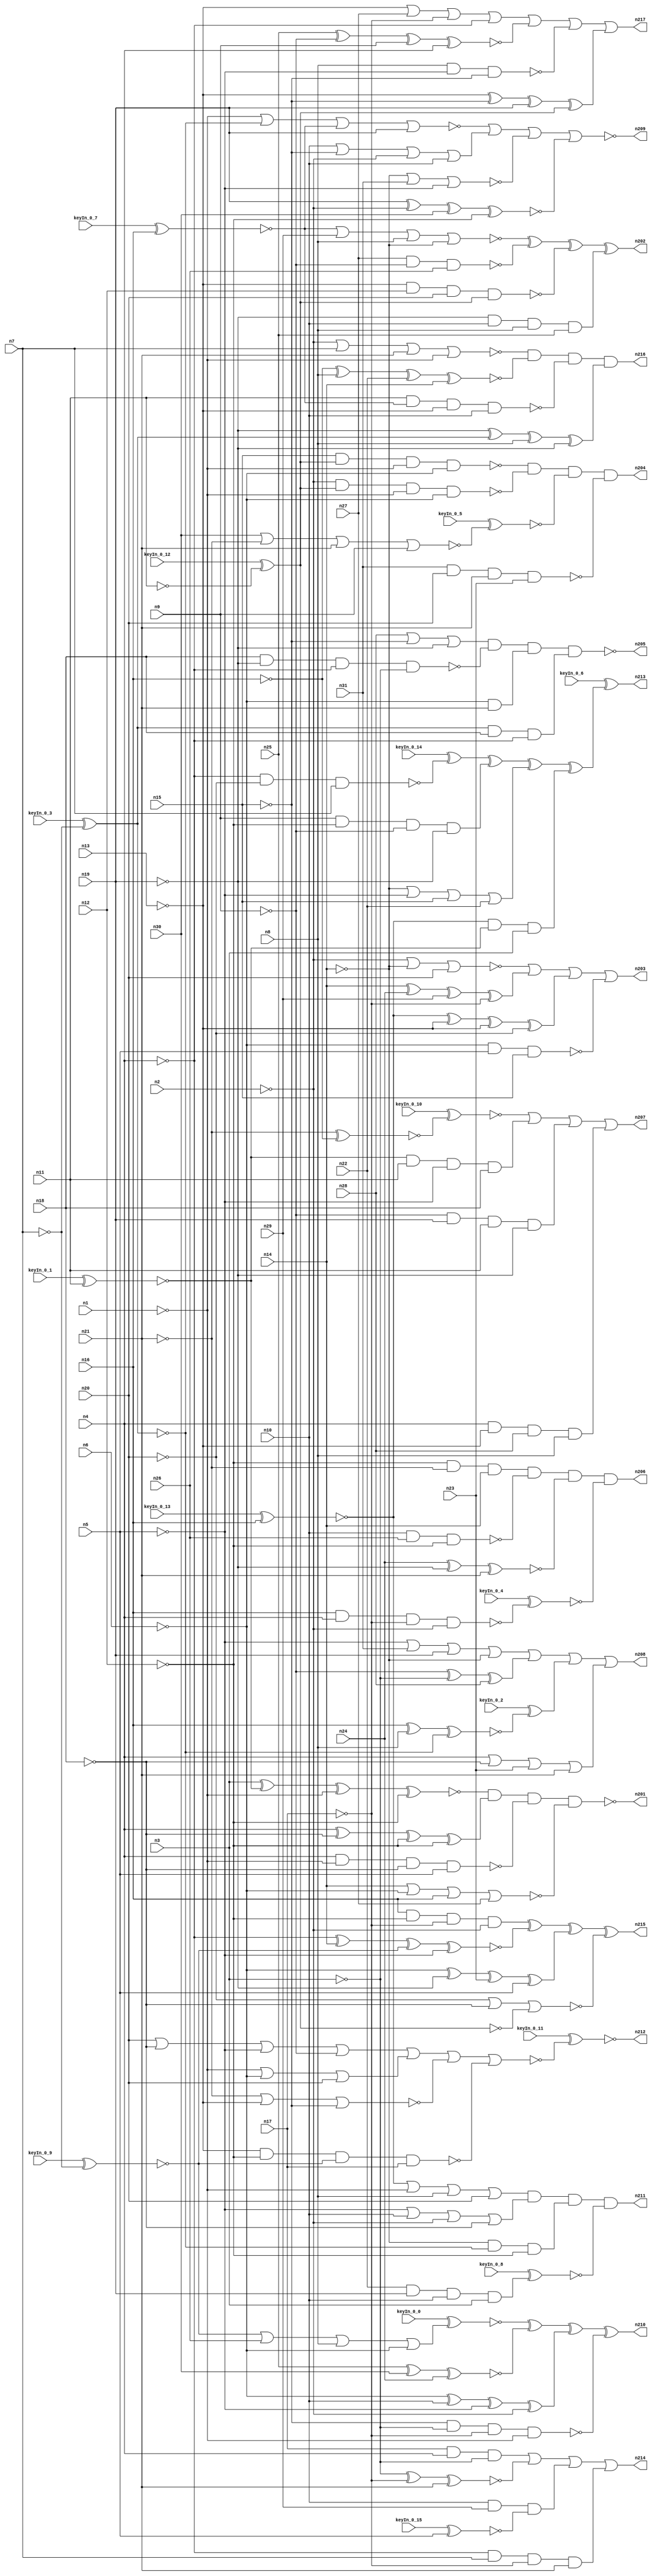


module Stat_186_441
(
  n1,
  n2,
  n3,
  n4,
  n5,
  n6,
  n7,
  n8,
  n9,
  n10,
  n11,
  n12,
  n13,
  n14,
  n15,
  n16,
  n17,
  n18,
  n19,
  n20,
  n21,
  n22,
  n23,
  n24,
  n25,
  n26,
  n27,
  n28,
  n29,
  n30,
  n31,
  n210,
  n217,
  n212,
  n213,
  n215,
  n207,
  n208,
  n209,
  n211,
  n204,
  n203,
  n214,
  n206,
  n202,
  n216,
  n205,
  n201,
  keyIn_0_0,
  keyIn_0_1,
  keyIn_0_2,
  keyIn_0_3,
  keyIn_0_4,
  keyIn_0_5,
  keyIn_0_6,
  keyIn_0_7,
  keyIn_0_8,
  keyIn_0_9,
  keyIn_0_10,
  keyIn_0_11,
  keyIn_0_12,
  keyIn_0_13,
  keyIn_0_14,
  keyIn_0_15
);

  input n1;
  input n2;
  input n3;
  input n4;
  input n5;
  input n6;
  input n7;
  input n8;
  input n9;
  input n10;
  input n11;
  input n12;
  input n13;
  input n14;
  input n15;
  input n16;
  input n17;
  input n18;
  input n19;
  input n20;
  input n21;
  input n22;
  input n23;
  input n24;
  input n25;
  input n26;
  input n27;
  input n28;
  input n29;
  input n30;
  input n31;
  input keyIn_0_0;
  input keyIn_0_1;
  input keyIn_0_2;
  input keyIn_0_3;
  input keyIn_0_4;
  input keyIn_0_5;
  input keyIn_0_6;
  input keyIn_0_7;
  input keyIn_0_8;
  input keyIn_0_9;
  input keyIn_0_10;
  input keyIn_0_11;
  input keyIn_0_12;
  input keyIn_0_13;
  input keyIn_0_14;
  input keyIn_0_15;
  output n210;
  output n217;
  output n212;
  output n213;
  output n215;
  output n207;
  output n208;
  output n209;
  output n211;
  output n204;
  output n203;
  output n214;
  output n206;
  output n202;
  output n216;
  output n205;
  output n201;
  wire n32;
  wire n33;
  wire n34;
  wire n35;
  wire n36;
  wire n37;
  wire n38;
  wire n39;
  wire n40;
  wire n41;
  wire n42;
  wire n43;
  wire n44;
  wire n45;
  wire n46;
  wire n47;
  wire n48;
  wire n49;
  wire n50;
  wire n51;
  wire n52;
  wire n53;
  wire n54;
  wire n55;
  wire n56;
  wire n57;
  wire n58;
  wire n59;
  wire n60;
  wire n61;
  wire n62;
  wire n63;
  wire n64;
  wire n65;
  wire n66;
  wire n67;
  wire n68;
  wire n69;
  wire n70;
  wire n71;
  wire n72;
  wire n73;
  wire n74;
  wire n75;
  wire n76;
  wire n77;
  wire n78;
  wire n79;
  wire n80;
  wire n81;
  wire n82;
  wire n83;
  wire n84;
  wire n85;
  wire n86;
  wire n87;
  wire n88;
  wire n89;
  wire n90;
  wire n91;
  wire n92;
  wire n93;
  wire n94;
  wire n95;
  wire n96;
  wire n97;
  wire n98;
  wire n99;
  wire n100;
  wire n101;
  wire n102;
  wire n103;
  wire n104;
  wire n105;
  wire n106;
  wire n107;
  wire n108;
  wire n109;
  wire n110;
  wire n111;
  wire n112;
  wire n113;
  wire n114;
  wire n115;
  wire n116;
  wire n117;
  wire n118;
  wire n119;
  wire n120;
  wire n121;
  wire n122;
  wire n123;
  wire n124;
  wire n125;
  wire n126;
  wire n127;
  wire n128;
  wire n129;
  wire n130;
  wire n131;
  wire n132;
  wire n133;
  wire n134;
  wire n135;
  wire n136;
  wire n137;
  wire n138;
  wire n139;
  wire n140;
  wire n141;
  wire n142;
  wire n143;
  wire n144;
  wire n145;
  wire n146;
  wire n147;
  wire n148;
  wire n149;
  wire n150;
  wire n151;
  wire n152;
  wire n153;
  wire n154;
  wire n155;
  wire n156;
  wire n157;
  wire n158;
  wire n159;
  wire n160;
  wire n161;
  wire n162;
  wire n163;
  wire n164;
  wire n165;
  wire n166;
  wire n167;
  wire n168;
  wire n169;
  wire n170;
  wire n171;
  wire n172;
  wire n173;
  wire n174;
  wire n175;
  wire n176;
  wire n177;
  wire n178;
  wire n179;
  wire n180;
  wire n181;
  wire n182;
  wire n183;
  wire n184;
  wire n185;
  wire n186;
  wire n187;
  wire n188;
  wire n189;
  wire n190;
  wire n191;
  wire n192;
  wire n193;
  wire n194;
  wire n195;
  wire n196;
  wire n197;
  wire n198;
  wire n199;
  wire n200;
  wire KeyWire_0_0;
  wire KeyNOTWire_0_0;
  wire KeyWire_0_1;
  wire KeyNOTWire_0_1;
  wire KeyWire_0_2;
  wire KeyWire_0_3;
  wire KeyNOTWire_0_3;
  wire KeyWire_0_4;
  wire KeyNOTWire_0_4;
  wire KeyWire_0_5;
  wire KeyWire_0_6;
  wire KeyWire_0_7;
  wire KeyNOTWire_0_7;
  wire KeyWire_0_8;
  wire KeyNOTWire_0_8;
  wire KeyWire_0_9;
  wire KeyNOTWire_0_9;
  wire KeyWire_0_10;
  wire KeyNOTWire_0_10;
  wire KeyWire_0_11;
  wire KeyNOTWire_0_11;
  wire KeyWire_0_12;
  wire KeyWire_0_13;
  wire KeyNOTWire_0_13;
  wire KeyWire_0_14;
  wire KeyNOTWire_0_14;
  wire KeyWire_0_15;
  wire KeyNOTWire_0_15;

  not
  g0
  (
    n72,
    n15
  );


  not
  g1
  (
    n54,
    n14
  );


  not
  g2
  (
    n79,
    n13
  );


  buf
  g3
  (
    n60,
    n14
  );


  not
  g4
  (
    n68,
    n1
  );


  not
  g5
  (
    KeyWire_0_3,
    n7
  );


  not
  g6
  (
    n69,
    n19
  );


  buf
  g7
  (
    n52,
    n20
  );


  not
  g8
  (
    n81,
    n6
  );


  not
  g9
  (
    n64,
    n20
  );


  not
  g10
  (
    n87,
    n13
  );


  buf
  g11
  (
    n80,
    n10
  );


  not
  g12
  (
    n63,
    n2
  );


  buf
  g13
  (
    n62,
    n10
  );


  not
  g14
  (
    n85,
    n3
  );


  not
  g15
  (
    KeyWire_0_12,
    n11
  );


  buf
  g16
  (
    n67,
    n21
  );


  not
  g17
  (
    n66,
    n6
  );


  not
  g18
  (
    n83,
    n5
  );


  buf
  g19
  (
    n53,
    n10
  );


  buf
  g20
  (
    n82,
    n5
  );


  buf
  g21
  (
    n55,
    n18
  );


  not
  g22
  (
    n58,
    n3
  );


  buf
  g23
  (
    n57,
    n8
  );


  buf
  g24
  (
    n43,
    n14
  );


  buf
  g25
  (
    n61,
    n20
  );


  not
  g26
  (
    n35,
    n4
  );


  not
  g27
  (
    n90,
    n9
  );


  buf
  g28
  (
    KeyWire_0_1,
    n11
  );


  buf
  g29
  (
    n34,
    n19
  );


  not
  g30
  (
    n59,
    n13
  );


  buf
  g31
  (
    n42,
    n12
  );


  not
  g32
  (
    n94,
    n17
  );


  buf
  g33
  (
    n50,
    n8
  );


  buf
  g34
  (
    n40,
    n4
  );


  not
  g35
  (
    n92,
    n16
  );


  not
  g36
  (
    KeyWire_0_9,
    n7
  );


  not
  g37
  (
    n91,
    n17
  );


  buf
  g38
  (
    n56,
    n11
  );


  buf
  g39
  (
    n32,
    n5
  );


  not
  g40
  (
    n49,
    n2
  );


  not
  g41
  (
    n44,
    n21
  );


  not
  g42
  (
    n48,
    n6
  );


  buf
  g43
  (
    n89,
    n7
  );


  buf
  g44
  (
    KeyWire_0_13,
    n16
  );


  buf
  g45
  (
    n41,
    n4
  );


  buf
  g46
  (
    n70,
    n8
  );


  not
  g47
  (
    n51,
    n9
  );


  not
  g48
  (
    n86,
    n12
  );


  not
  g49
  (
    n36,
    n16
  );


  buf
  g50
  (
    n73,
    n9
  );


  buf
  g51
  (
    n38,
    n12
  );


  buf
  g52
  (
    n88,
    n3
  );


  buf
  g53
  (
    n78,
    n19
  );


  not
  g54
  (
    n46,
    n1
  );


  not
  g55
  (
    n65,
    n18
  );


  not
  g56
  (
    n76,
    n15
  );


  not
  g57
  (
    n75,
    n18
  );


  not
  g58
  (
    n45,
    n1
  );


  buf
  g59
  (
    n84,
    n21
  );


  not
  g60
  (
    n77,
    n2
  );


  buf
  g61
  (
    n93,
    n15
  );


  not
  g62
  (
    n37,
    n17
  );


  buf
  g63
  (
    n100,
    n43
  );


  not
  g64
  (
    n115,
    n37
  );


  not
  g65
  (
    KeyWire_0_7,
    n36
  );


  buf
  g66
  (
    n130,
    n39
  );


  not
  g67
  (
    n116,
    n37
  );


  buf
  g68
  (
    n127,
    n34
  );


  buf
  g69
  (
    n97,
    n42
  );


  buf
  g70
  (
    n105,
    n43
  );


  buf
  g71
  (
    KeyWire_0_15,
    n32
  );


  not
  g72
  (
    n118,
    n32
  );


  not
  g73
  (
    n106,
    n42
  );


  not
  g74
  (
    n99,
    n36
  );


  buf
  g75
  (
    n98,
    n37
  );


  not
  g76
  (
    n117,
    n39
  );


  not
  g77
  (
    n104,
    n38
  );


  not
  g78
  (
    n96,
    n33
  );


  not
  g79
  (
    n128,
    n40
  );


  buf
  g80
  (
    n113,
    n33
  );


  not
  g81
  (
    n129,
    n33
  );


  buf
  g82
  (
    n103,
    n41
  );


  not
  g83
  (
    n120,
    n44
  );


  not
  g84
  (
    n126,
    n32
  );


  not
  g85
  (
    n109,
    n41
  );


  not
  g86
  (
    n132,
    n34
  );


  not
  g87
  (
    n119,
    n36
  );


  not
  g88
  (
    n101,
    n35
  );


  not
  g89
  (
    n110,
    n40
  );


  buf
  g90
  (
    n121,
    n41
  );


  not
  g91
  (
    n95,
    n35
  );


  not
  g92
  (
    n111,
    n39
  );


  not
  g93
  (
    n131,
    n34
  );


  buf
  g94
  (
    n102,
    n40
  );


  not
  g95
  (
    n108,
    n42
  );


  buf
  g96
  (
    n124,
    n44
  );


  buf
  g97
  (
    n114,
    n35
  );


  not
  g98
  (
    n123,
    n38
  );


  not
  g99
  (
    n125,
    n43
  );


  not
  g100
  (
    n112,
    n38
  );


  and
  g101
  (
    n182,
    n125,
    n130,
    n106
  );


  nor
  g102
  (
    n141,
    n64,
    n65,
    n113
  );


  and
  g103
  (
    n144,
    n86,
    n124,
    n100
  );


  xnor
  g104
  (
    KeyWire_0_10,
    n124,
    n92
  );


  and
  g105
  (
    n167,
    n66,
    n84
  );


  nand
  g106
  (
    n187,
    n27,
    n51,
    n26
  );


  nand
  g107
  (
    n161,
    n57,
    n83,
    n72
  );


  nand
  g108
  (
    n159,
    n66,
    n82,
    n93
  );


  or
  g109
  (
    n143,
    n28,
    n72,
    n69
  );


  and
  g110
  (
    n150,
    n116,
    n121,
    n85
  );


  xnor
  g111
  (
    n195,
    n85,
    n91,
    n67
  );


  xnor
  g112
  (
    n190,
    n25,
    n30,
    n24
  );


  nor
  g113
  (
    n181,
    n125,
    n31,
    n126
  );


  xnor
  g114
  (
    KeyWire_0_2,
    n119,
    n50,
    n130
  );


  or
  g115
  (
    n173,
    n45,
    n48,
    n61
  );


  and
  g116
  (
    n200,
    n74,
    n47,
    n88
  );


  nor
  g117
  (
    n151,
    n124,
    n79,
    n76
  );


  nor
  g118
  (
    n192,
    n77,
    n125,
    n52
  );


  nand
  g119
  (
    KeyWire_0_14,
    n128,
    n64,
    n89
  );


  and
  g120
  (
    n189,
    n80,
    n29,
    n107
  );


  nand
  g121
  (
    n138,
    n62,
    n26,
    n86
  );


  and
  g122
  (
    n148,
    n117,
    n55,
    n109
  );


  xnor
  g123
  (
    n186,
    n24,
    n131,
    n67
  );


  or
  g124
  (
    n133,
    n54,
    n118,
    n93,
    n22
  );


  or
  g125
  (
    n164,
    n59,
    n27,
    n91,
    n128
  );


  nand
  g126
  (
    n142,
    n79,
    n97,
    n61,
    n129
  );


  or
  g127
  (
    KeyWire_0_0,
    n71,
    n26,
    n57,
    n48
  );


  and
  g128
  (
    n154,
    n47,
    n56,
    n126,
    n55
  );


  nor
  g129
  (
    n179,
    n63,
    n89,
    n120,
    n45
  );


  xnor
  g130
  (
    n145,
    n25,
    n51,
    n73,
    n102
  );


  and
  g131
  (
    n180,
    n132,
    n62,
    n50,
    n25
  );


  nand
  g132
  (
    n146,
    n55,
    n69,
    n128,
    n58
  );


  xor
  g133
  (
    n155,
    n90,
    n58,
    n28
  );


  and
  g134
  (
    n196,
    n110,
    n89,
    n94,
    n84
  );


  nor
  g135
  (
    n166,
    n60,
    n81,
    n119,
    n27
  );


  xor
  g136
  (
    n175,
    n105,
    n24,
    n29,
    n98
  );


  or
  g137
  (
    n198,
    n52,
    n75,
    n118,
    n90
  );


  nand
  g138
  (
    n171,
    n72,
    n85,
    n94,
    n46
  );


  xor
  g139
  (
    n165,
    n81,
    n53,
    n83,
    n63
  );


  and
  g140
  (
    n157,
    n101,
    n87,
    n28,
    n70
  );


  xor
  g141
  (
    n178,
    n87,
    n76,
    n78,
    n96
  );


  xnor
  g142
  (
    n152,
    n114,
    n60,
    n71,
    n126
  );


  or
  g143
  (
    n188,
    n80,
    n76,
    n49,
    n62
  );


  xnor
  g144
  (
    n149,
    n92,
    n70,
    n22,
    n60
  );


  nand
  g145
  (
    KeyWire_0_4,
    n99,
    n95,
    n91,
    n77
  );


  or
  g146
  (
    n170,
    n83,
    n53,
    n49,
    n75
  );


  xor
  g147
  (
    n191,
    n81,
    n69,
    n23,
    n82
  );


  or
  g148
  (
    n177,
    n118,
    n31,
    n127,
    n54
  );


  or
  g149
  (
    n163,
    n74,
    n68,
    n50,
    n61
  );


  xor
  g150
  (
    n162,
    n121,
    n65,
    n123,
    n108
  );


  xor
  g151
  (
    n139,
    n74,
    n79,
    n87,
    n64
  );


  and
  g152
  (
    n172,
    n119,
    n123,
    n94,
    n77
  );


  and
  g153
  (
    n184,
    n73,
    n112,
    n51,
    n131
  );


  and
  g154
  (
    KeyWire_0_8,
    n22,
    n127,
    n80,
    n88
  );


  nand
  g155
  (
    n197,
    n93,
    n129,
    n46,
    n66
  );


  or
  g156
  (
    n137,
    n103,
    n75,
    n23,
    n120
  );


  nand
  g157
  (
    n153,
    n56,
    n122,
    n59,
    n53
  );


  and
  g158
  (
    n134,
    n90,
    n78,
    n56,
    n132
  );


  nor
  g159
  (
    n176,
    n122,
    n29,
    n57,
    n54
  );


  nand
  g160
  (
    n183,
    n121,
    n46,
    n65,
    n82
  );


  xnor
  g161
  (
    n194,
    n78,
    n63,
    n30,
    n123
  );


  nor
  g162
  (
    n185,
    n68,
    n130,
    n122,
    n127
  );


  xor
  g163
  (
    n174,
    n132,
    n111,
    n70,
    n131
  );


  xnor
  g164
  (
    n168,
    n88,
    n47,
    n45,
    n104
  );


  nand
  g165
  (
    n199,
    n49,
    n129,
    n68,
    n48
  );


  nand
  g166
  (
    n158,
    n31,
    n52,
    n67,
    n23
  );


  nor
  g167
  (
    KeyWire_0_5,
    n30,
    n44,
    n120,
    n73
  );


  nand
  g168
  (
    n160,
    n59,
    n86,
    n71,
    n115
  );


  xor
  g169
  (
    n210,
    n156,
    n190,
    n165,
    n171
  );


  or
  g170
  (
    n208,
    n177,
    n155,
    n135,
    n137
  );


  and
  g171
  (
    n206,
    n144,
    n138,
    n186,
    n136
  );


  or
  g172
  (
    n207,
    n147,
    n154,
    n134,
    n157
  );


  and
  g173
  (
    n211,
    n163,
    n170,
    n182,
    n193
  );


  nand
  g174
  (
    n201,
    n168,
    n162,
    n183,
    n166
  );


  nor
  g175
  (
    n209,
    n185,
    n188,
    n181,
    n194
  );


  xor
  g176
  (
    n215,
    n172,
    n152,
    n191,
    n141
  );


  xor
  g177
  (
    KeyWire_0_6,
    n169,
    n184,
    n133,
    n200
  );


  or
  g178
  (
    n214,
    n150,
    n195,
    n189,
    n196
  );


  nor
  g179
  (
    KeyWire_0_11,
    n198,
    n173,
    n151,
    n160
  );


  and
  g180
  (
    n216,
    n179,
    n149,
    n153,
    n174
  );


  or
  g181
  (
    n203,
    n192,
    n175,
    n139,
    n159
  );


  or
  g182
  (
    n217,
    n164,
    n145,
    n161,
    n178
  );


  nand
  g183
  (
    n205,
    n143,
    n146,
    n167,
    n148
  );


  xor
  g184
  (
    n202,
    n176,
    n187,
    n142,
    n180
  );


  and
  g185
  (
    n204,
    n197,
    n199,
    n140,
    n158
  );


  xor
  KeyGate_0_0
  (
    KeyNOTWire_0_0,
    keyIn_0_0,
    KeyWire_0_0
  );


  not
  KeyNOTGate_0_0
  (
    n156,
    KeyNOTWire_0_0
  );


  xor
  KeyGate_0_1
  (
    KeyNOTWire_0_1,
    keyIn_0_1,
    KeyWire_0_1
  );


  not
  KeyNOTGate_0_1
  (
    n47,
    KeyNOTWire_0_1
  );


  xor
  KeyGate_0_2
  (
    n135,
    keyIn_0_2,
    KeyWire_0_2
  );


  xor
  KeyGate_0_3
  (
    KeyNOTWire_0_3,
    keyIn_0_3,
    KeyWire_0_3
  );


  not
  KeyNOTGate_0_3
  (
    n39,
    KeyNOTWire_0_3
  );


  xor
  KeyGate_0_4
  (
    KeyNOTWire_0_4,
    keyIn_0_4,
    KeyWire_0_4
  );


  not
  KeyNOTGate_0_4
  (
    n136,
    KeyNOTWire_0_4
  );


  xnor
  KeyGate_0_5
  (
    n140,
    keyIn_0_5,
    KeyWire_0_5
  );


  xor
  KeyGate_0_6
  (
    n213,
    keyIn_0_6,
    KeyWire_0_6
  );


  xor
  KeyGate_0_7
  (
    KeyNOTWire_0_7,
    keyIn_0_7,
    KeyWire_0_7
  );


  not
  KeyNOTGate_0_7
  (
    n122,
    KeyNOTWire_0_7
  );


  xor
  KeyGate_0_8
  (
    KeyNOTWire_0_8,
    keyIn_0_8,
    KeyWire_0_8
  );


  not
  KeyNOTGate_0_8
  (
    n193,
    KeyNOTWire_0_8
  );


  xor
  KeyGate_0_9
  (
    KeyNOTWire_0_9,
    keyIn_0_9,
    KeyWire_0_9
  );


  not
  KeyNOTGate_0_9
  (
    n71,
    KeyNOTWire_0_9
  );


  xor
  KeyGate_0_10
  (
    KeyNOTWire_0_10,
    keyIn_0_10,
    KeyWire_0_10
  );


  not
  KeyNOTGate_0_10
  (
    n147,
    KeyNOTWire_0_10
  );


  xor
  KeyGate_0_11
  (
    KeyNOTWire_0_11,
    keyIn_0_11,
    KeyWire_0_11
  );


  not
  KeyNOTGate_0_11
  (
    n212,
    KeyNOTWire_0_11
  );


  xnor
  KeyGate_0_12
  (
    n33,
    keyIn_0_12,
    KeyWire_0_12
  );


  xor
  KeyGate_0_13
  (
    KeyNOTWire_0_13,
    keyIn_0_13,
    KeyWire_0_13
  );


  not
  KeyNOTGate_0_13
  (
    n74,
    KeyNOTWire_0_13
  );


  xnor
  KeyGate_0_14
  (
    KeyNOTWire_0_14,
    keyIn_0_14,
    KeyWire_0_14
  );


  not
  KeyNOTGate_0_14
  (
    n169,
    KeyNOTWire_0_14
  );


  xor
  KeyGate_0_15
  (
    KeyNOTWire_0_15,
    keyIn_0_15,
    KeyWire_0_15
  );


  not
  KeyNOTGate_0_15
  (
    n107,
    KeyNOTWire_0_15
  );


endmodule